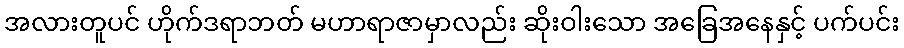
အလားတူပင် ဟိုက်ဒရာဘတ် မဟာရာဇာမှာလည်း ဆိုးဝါးသော အခြေအနေနှင့် ပက်ပင်း